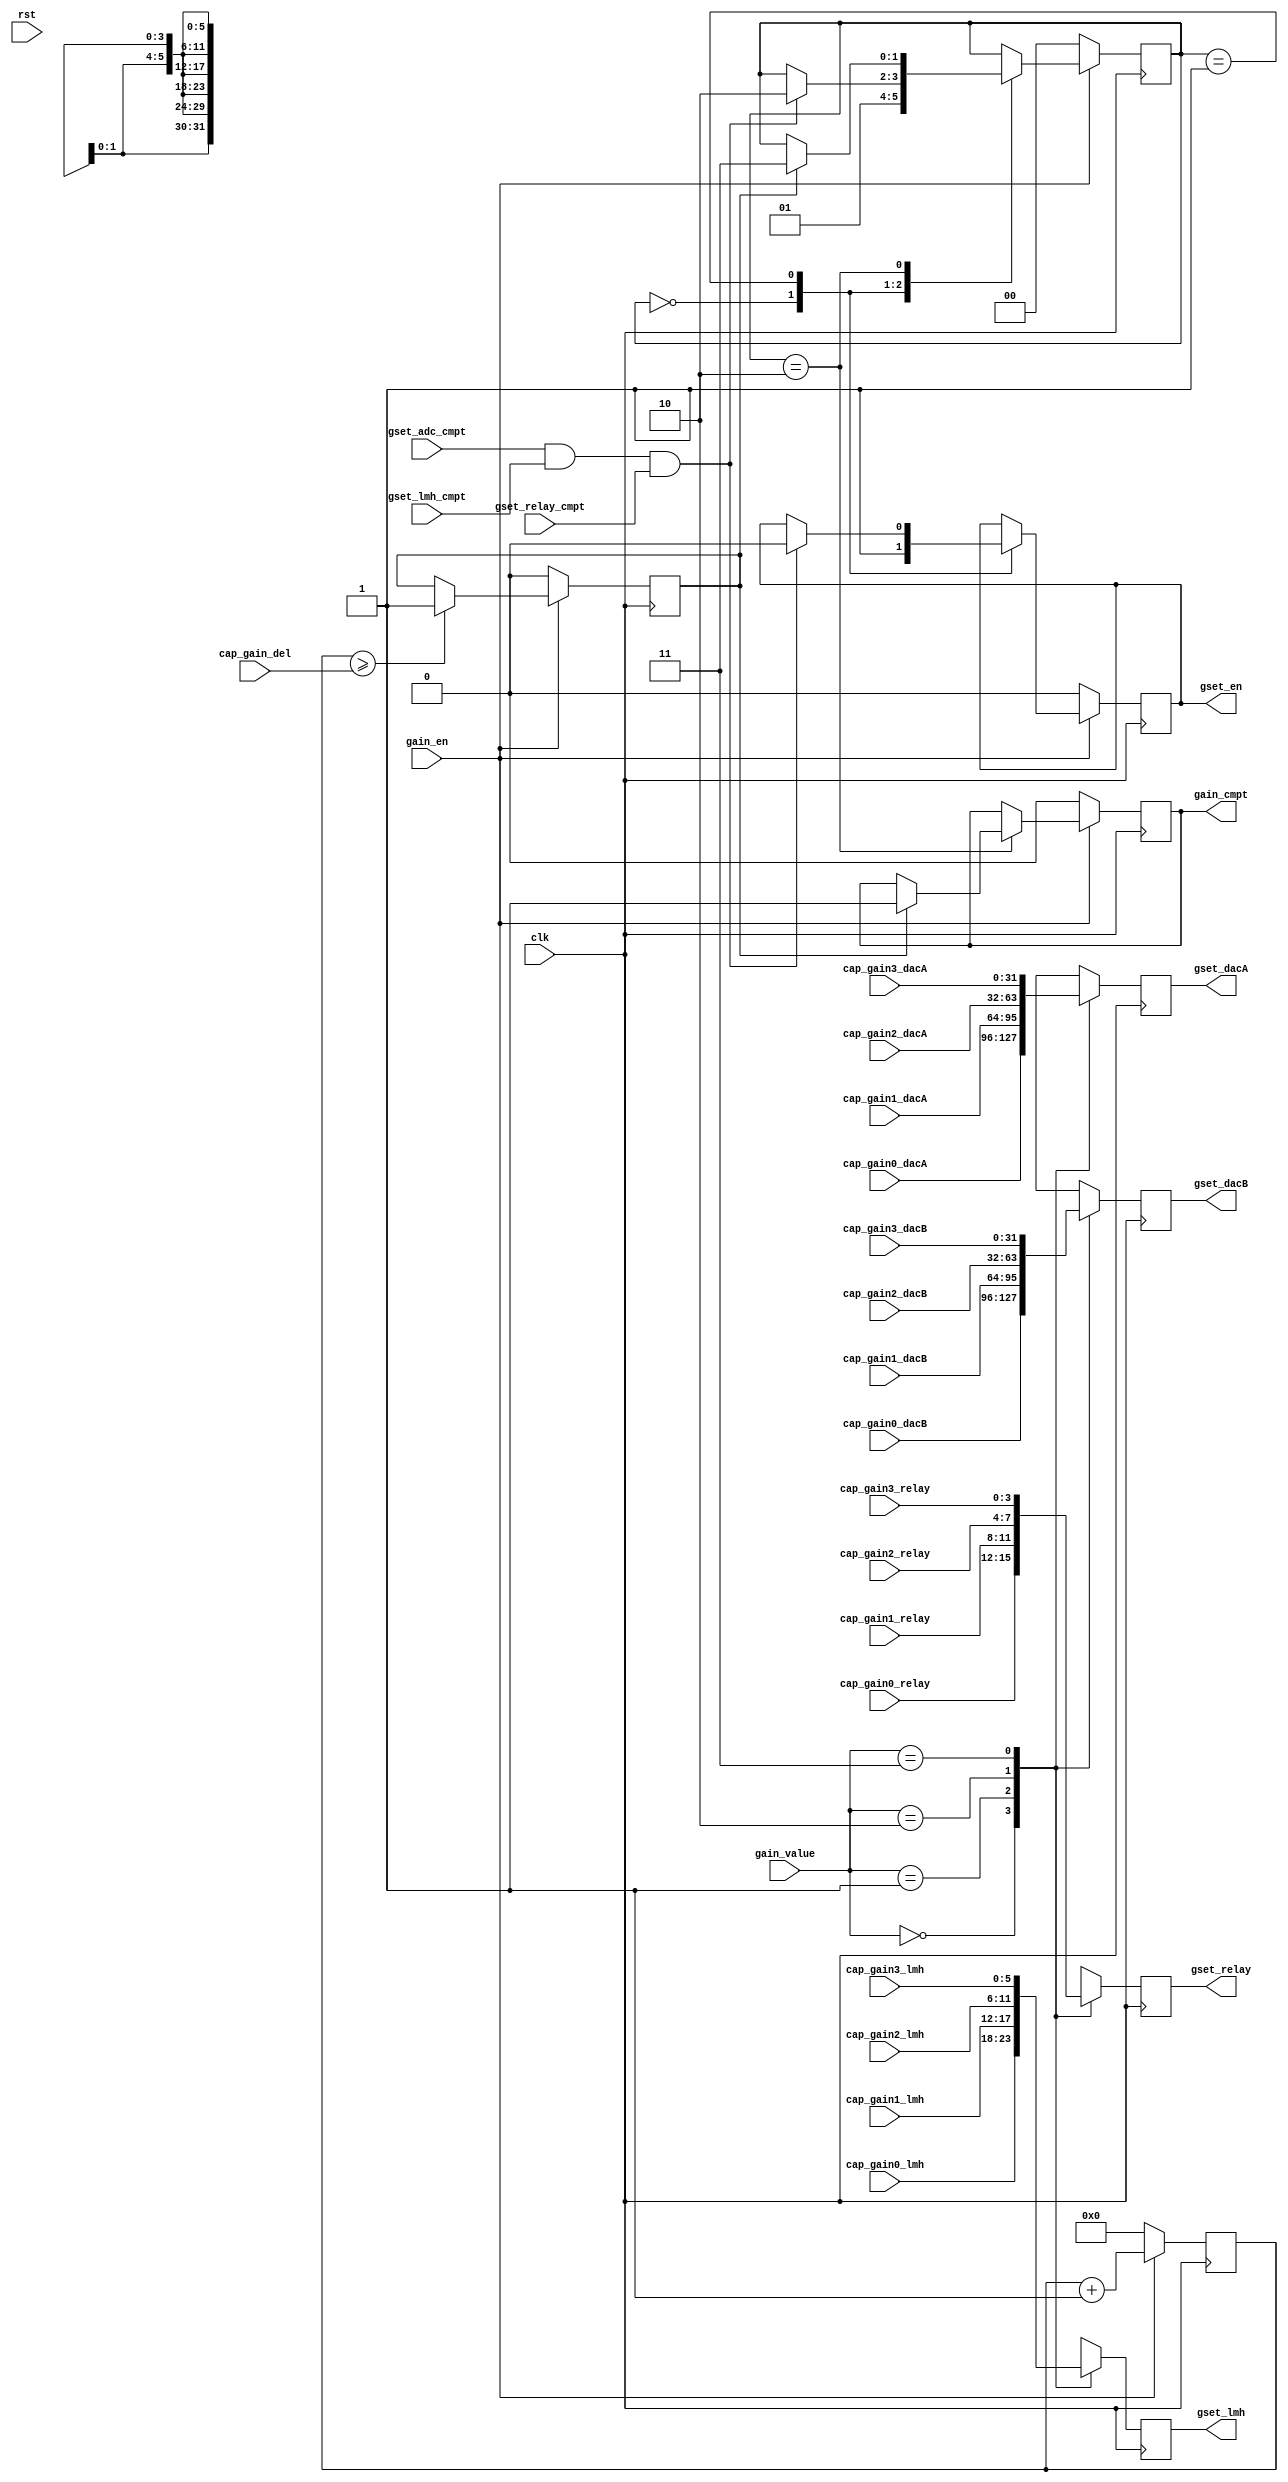
`timescale 1ns / 1ps
//////////////////////////////////////////////////////////////////////////////////
// Company:
// Engineer:
//
// Design Name:
// Module Name: Tc_PL_cap_gain_ctl
// Project Name:
// Target Devices:
// Tool Versions:
// Description:
//
// Dependencies:
//
// Revision:
// Revision 0.01 - File Created
// Additional Comments:
//
//////////////////////////////////////////////////////////////////////////////////


module Tc_PL_cap_gain_ctl
#(
parameter CAP0_1  = 3   ,
	        CAP0_2  = 32  ,
	        CAP0_12 = 32  ,
	        CAP0_13 = 6   ,
          CAP0_14 = 4
)(
input                     clk                ,
input                     rst                ,
input      [CAP0_1 -2:0]  gain_value	       ,
input                     gain_en            ,
output                    gain_cmpt          ,
input      [CAP0_2 -1:0]  cap_gain_del       ,
input      [CAP0_12-1:0]  cap_gain0_dacA     ,
input      [CAP0_12-1:0]  cap_gain0_dacB     ,
input      [CAP0_12-1:0]  cap_gain1_dacA     ,
input      [CAP0_12-1:0]  cap_gain1_dacB     ,
input      [CAP0_12-1:0]  cap_gain2_dacA     ,
input      [CAP0_12-1:0]  cap_gain2_dacB     ,
input      [CAP0_12-1:0]  cap_gain3_dacA     ,
input      [CAP0_12-1:0]  cap_gain3_dacB     ,
input      [CAP0_13-1:0]  cap_gain0_lmh      ,
input      [CAP0_13-1:0]  cap_gain1_lmh      ,
input      [CAP0_13-1:0]  cap_gain2_lmh      ,
input      [CAP0_13-1:0]  cap_gain3_lmh      ,
input      [CAP0_14-1:0]  cap_gain0_relay    ,
input      [CAP0_14-1:0]  cap_gain1_relay    ,
input      [CAP0_14-1:0]  cap_gain2_relay    ,
input      [CAP0_14-1:0]  cap_gain3_relay    ,
output                    gset_en            ,
input                     gset_adc_cmpt      ,
input                     gset_lmh_cmpt      ,
input                     gset_relay_cmpt    ,
output     [CAP0_12-1:0]  gset_dacA          ,
output     [CAP0_12-1:0]  gset_dacB          ,
output     [CAP0_13-1:0]  gset_lmh           ,
output     [CAP0_14-1:0]  gset_relay
    );

reg                t_gain_cmpt  =0;
reg                t_gset_en    =0;
reg [CAP0_12-1:0]  t_gset_dacA  =0;
reg [CAP0_12-1:0]  t_gset_dacB  =0;
reg [CAP0_13-1:0]  t_gset_lmh   =0;
reg [CAP0_14-1:0]  t_gset_relay =0;

reg [CAP0_2 -1:0]  gain_del_cnt =0;
reg                gain_del_max =0;

localparam S_INIT = 0,
           S_GSET = 1,
           S_GDEL = 2,
           S_CMPT = 3;
reg[1:0] state = S_INIT;
always@(posedge clk)begin
	if(!gain_en)begin
		t_gain_cmpt  <= 0          ;
		t_gset_en    <= 0          ;
		state        <= S_INIT     ;
	end else begin
		case(state)
			S_INIT :begin
				t_gset_en    <= 1          ;
				state        <= S_GSET     ;
			end
			S_GSET :begin
				if(gset_adc_cmpt&gset_lmh_cmpt&gset_relay_cmpt)begin
					t_gset_en    <= 0          ;
					state        <= S_GDEL     ;
				end
			end
			S_GDEL :begin
				if(gain_del_max)begin
					t_gain_cmpt  <= 1          ;
					state        <= S_CMPT     ;
				end
			end
			S_CMPT :begin

			end
		endcase
	end
end

always@(posedge clk)begin
	if(!gain_en)begin
		gain_del_cnt <= 0;
		gain_del_max <= 0;
	end else begin
		gain_del_cnt <= gain_del_cnt + 1;
		if(gain_del_cnt>=cap_gain_del)begin
			gain_del_max <= 1;
		end
	end
end

always@(posedge clk)begin
	case(gain_value)
		0 :begin
			t_gset_dacA  <= cap_gain0_dacA  ;
			t_gset_dacB  <= cap_gain0_dacB  ;
			t_gset_lmh   <= cap_gain0_lmh   ;
			t_gset_relay <= cap_gain0_relay ;
		end
		1 :begin
			t_gset_dacA  <= cap_gain1_dacA  ;
			t_gset_dacB  <= cap_gain1_dacB  ;
			t_gset_lmh   <= cap_gain1_lmh   ;
			t_gset_relay <= cap_gain1_relay ;
		end
		2 :begin
			t_gset_dacA  <= cap_gain2_dacA  ;
			t_gset_dacB  <= cap_gain2_dacB  ;
			t_gset_lmh   <= cap_gain2_lmh   ;
			t_gset_relay <= cap_gain2_relay ;
		end
		3 :begin
			t_gset_dacA  <= cap_gain3_dacA  ;
			t_gset_dacB  <= cap_gain3_dacB  ;
			t_gset_lmh   <= cap_gain3_lmh   ;
			t_gset_relay <= cap_gain3_relay ;
		end
	endcase
end

assign gain_cmpt  = t_gain_cmpt   ;
assign gset_en    = t_gset_en     ;
assign gset_dacA  = t_gset_dacA   ;
assign gset_dacB  = t_gset_dacB   ;
assign gset_lmh   = t_gset_lmh    ;
assign gset_relay = t_gset_relay  ;

endmodule